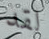
لقد